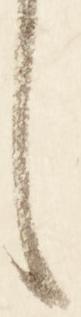
し